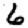
Digit: 6